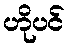
ဟိုပင်